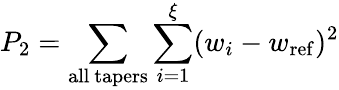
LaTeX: P_{2}=\sum_{\mathrm{all\ tapers}}\sum_{i=1}^{\xi}(w_{i}-w_{\mathrm{ref}})^{2}